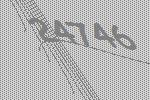
24746